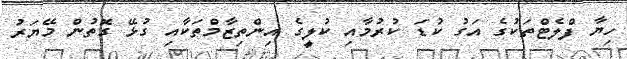
ހިޔާ ފްލެޓްތަކުގެ އަގު ކުޑަ ކުރުމާއި ކުލީގެ އިންތިޒާމްތަކާއި ގުޅޭ ގޮތުން މޭޔަރު